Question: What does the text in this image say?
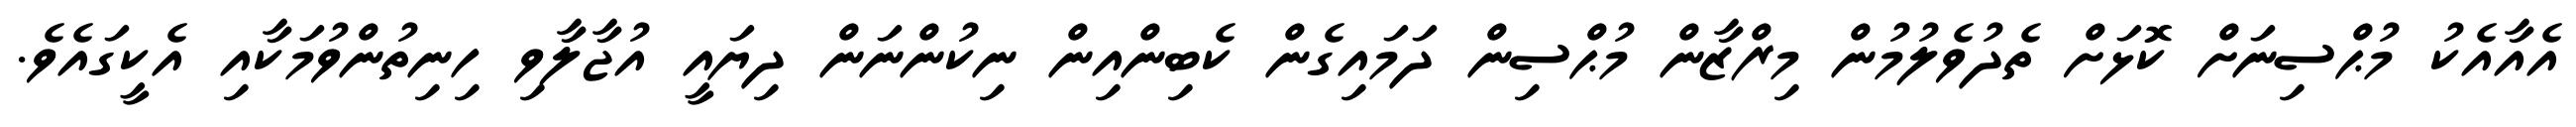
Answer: އެއާއެކު މުޙްސިނަށް ކޮޅަށް ތެދުވެލުމުން މިރްޒާން މުޙްސިން ދަމައިގެން ކެބިންއިން ނިކުންނަން ދިޔައީ އުޖާލާވި ހިނިތުންވުމަކާއި އެކީގައެވެ.